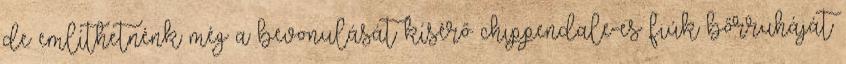
de említhetnénk még a bevonulását kísérő chippendale-es fiúk bőrruháját